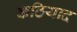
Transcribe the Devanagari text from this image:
कठियाद